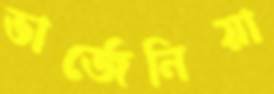
ভার্জেনিয়া